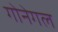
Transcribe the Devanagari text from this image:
गोनेगल